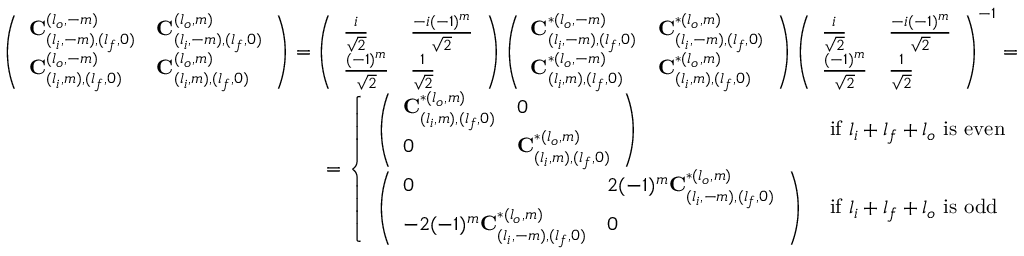
\begin{array} { r } { \left( \begin{array} { l l } { \mathbf { C } _ { ( l _ { i } , - m ) , ( l _ { f } , 0 ) } ^ { ( l _ { o } , - m ) } } & { \mathbf { C } _ { ( l _ { i } , - m ) , ( l _ { f } , 0 ) } ^ { ( l _ { o } , m ) } } \\ { \mathbf { C } _ { ( l _ { i } , m ) , ( l _ { f } , 0 ) } ^ { ( l _ { o } , - m ) } } & { \mathbf { C } _ { ( l _ { i } , m ) , ( l _ { f } , 0 ) } ^ { ( l _ { o } , m ) } } \end{array} \right) = \left( \begin{array} { l l } { \frac { i } { \sqrt { 2 } } } & { \frac { - i ( - 1 ) ^ { m } } { \sqrt { 2 } } } \\ { \frac { ( - 1 ) ^ { m } } { \sqrt { 2 } } } & { \frac { 1 } { \sqrt { 2 } } } \end{array} \right) \left( \begin{array} { l l } { \mathbf { C } _ { ( l _ { i } , - m ) , ( l _ { f } , 0 ) } ^ { * ( l _ { o } , - m ) } } & { \mathbf { C } _ { ( l _ { i } , - m ) , ( l _ { f } , 0 ) } ^ { * ( l _ { o } , m ) } } \\ { \mathbf { C } _ { ( l _ { i } , m ) , ( l _ { f } , 0 ) } ^ { * ( l _ { o } , - m ) } } & { \mathbf { C } _ { ( l _ { i } , m ) , ( l _ { f } , 0 ) } ^ { * ( l _ { o } , m ) } } \end{array} \right) \left( \begin{array} { l l } { \frac { i } { \sqrt { 2 } } } & { \frac { - i ( - 1 ) ^ { m } } { \sqrt { 2 } } } \\ { \frac { ( - 1 ) ^ { m } } { \sqrt { 2 } } } & { \frac { 1 } { \sqrt { 2 } } } \end{array} \right) ^ { - 1 } = } \\ { = \left\{ \begin{array} { l l } { \left( \begin{array} { l l } { \mathbf { C } _ { ( l _ { i } , m ) , ( l _ { f } , 0 ) } ^ { * ( l _ { o } , m ) } } & { 0 } \\ { 0 } & { \mathbf { C } _ { ( l _ { i } , m ) , ( l _ { f } , 0 ) } ^ { * ( l _ { o } , m ) } } \end{array} \right) } & { \mathrm { ~ i f ~ } l _ { i } + l _ { f } + l _ { o } \mathrm { ~ i s ~ e v e n } } \\ { \left( \begin{array} { l l } { 0 } & { 2 ( - 1 ) ^ { m } \mathbf { C } _ { ( l _ { i } , - m ) , ( l _ { f } , 0 ) } ^ { * ( l _ { o } , m ) } } \\ { - 2 ( - 1 ) ^ { m } \mathbf { C } _ { ( l _ { i } , - m ) , ( l _ { f } , 0 ) } ^ { * ( l _ { o } , m ) } } & { 0 } \end{array} \right) } & { \mathrm { ~ i f ~ } l _ { i } + l _ { f } + l _ { o } \mathrm { ~ i s ~ o d d } } \end{array} \right. } \end{array}